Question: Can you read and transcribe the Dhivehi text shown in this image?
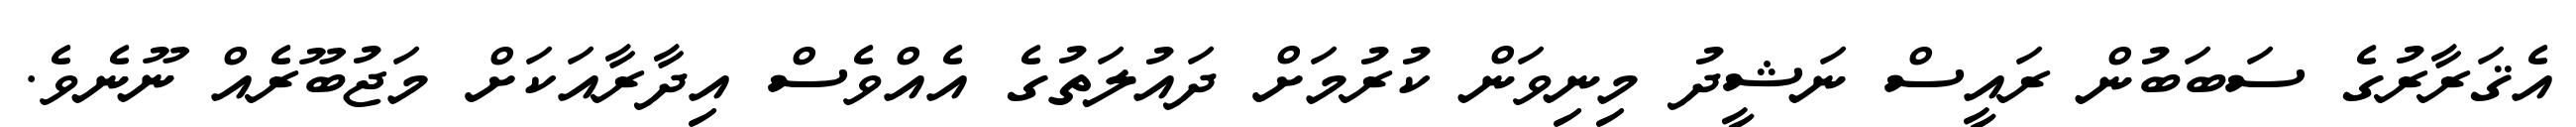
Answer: އެޤަރާރުގެ ސަބަބުން ރައީސް ނަޝީދު މިނިވަން ކުރުމަށް ދައުލަތުގެ އެއްވެސް އިދާރާއަކަށް މަޖުބޫރެއް ނޫނެވެ.